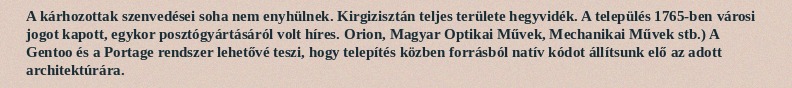
A kárhozottak szenvedései soha nem enyhülnek. Kirgizisztán teljes területe hegyvidék. A település 1765-ben városi jogot kapott, egykor posztógyártásáról volt híres. Orion, Magyar Optikai Művek, Mechanikai Művek stb.) A Gentoo és a Portage rendszer lehetővé teszi, hogy telepítés közben forrásból natív kódot állítsunk elő az adott architektúrára.